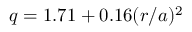
q = 1 . 7 1 + 0 . 1 6 ( r / a ) ^ { 2 }